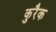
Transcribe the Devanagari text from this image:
कुरैक